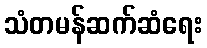
သံတမန်ဆက်ဆံရေး